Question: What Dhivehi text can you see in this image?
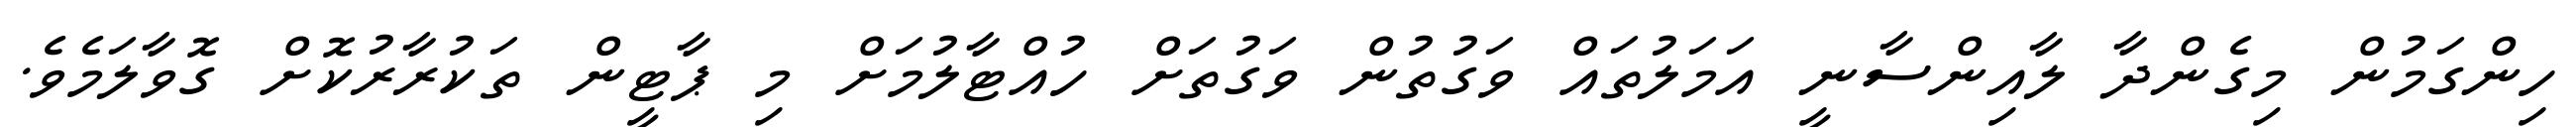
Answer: ހިންގަމުން މިގެންދާ ލާއިންސާނީ އަމަލުތައް ވަގުތުން ވަގުތަށް ހުއްޓާލުމަށް މި ޕާޓީން ތަކުރާރުކޮށް ގޮވާލަމެވެ.